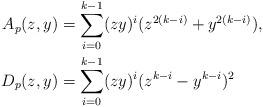
LaTeX: \begin{align*} \begin{aligned} A_p(z, y) &= \sum_{i=0}^{k-1} (zy)^{i} (z^{2(k-i)} + y^{2(k-i)}),\\ D_p(z, y) &= \sum_{i=0}^{k-1} (zy)^{i} (z^{k-i} - y^{k-i})^2\end{aligned}\end{align*}